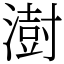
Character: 澍